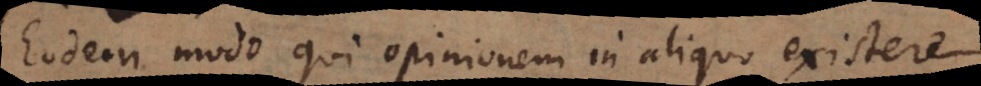
Eodem modo qui opinionem in aliquo existere